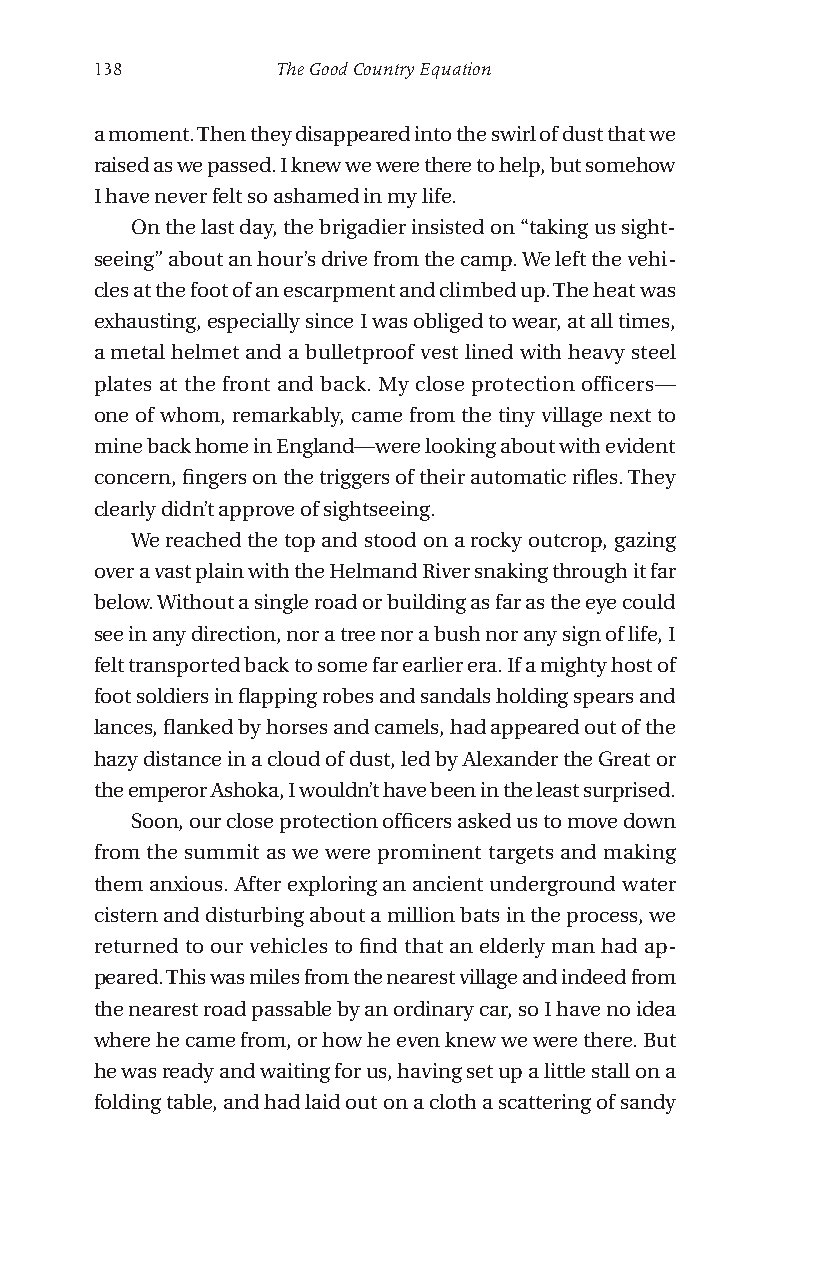
138         The Good Country Equation
 a moment. Then they disappeared into the swirl of dust that we
 raised as we passed. I knew we were there to help, but somehow
 I have never felt so ashamed in my life.
 On the last day, the brigadier insisted on “taking us sight-
 seeing” about an hour’s drive from the camp. We left the vehi-
 cles at the foot of an escarpment and climbed up. The heat was
 exhausting, especially since I was obliged to wear, at all times,
 a metal helmet and a bulletproof vest lined with heavy steel
 plates at the front and back. My close protection officers—
 one of whom, remarkably, came from the tiny village next to
 mine back home in England—were looking about with evident
 concern, fingers on the triggers of their automatic rifles. They
 clearly didn’t approve of sightseeing.
 We reached the top and stood on a rocky outcrop, gazing
 over a vast plain with the Helmand River snaking through it far
 below. Without a single road or building as far as the eye could
 see in any direction, nor a tree nor a bush nor any sign of life, I
 felt transported back to some far earlier era. If a mighty host of
 foot soldiers in flapping robes and sandals holding spears and
 lances, flanked by horses and camels, had appeared out of the
 hazy distance in a cloud of dust, led by Alexander the Great or
 the emperor Ashoka, I wouldn’t have been in the least surprised.
 Soon, our close protection officers asked us to move down
 from the summit as we were prominent targets and making
 them anxious. After exploring an ancient underground water
 cistern and disturbing about a million bats in the process, we
 returned to our vehicles to find that an elderly man had ap-
 peared. This was miles from the nearest village and indeed from
 the nearest road passable by an ordinary car, so I have no idea
 where he came from, or how he even knew we were there. But
 he was ready and waiting for us, having set up a little stall on a
 folding table, and had laid out on a cloth a scattering of sandy